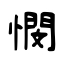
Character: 憫